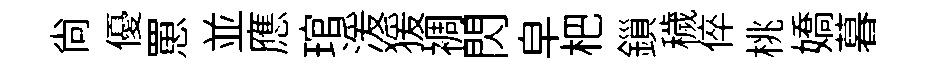
尙優罳並應琯湲猨裯閃皁杷鎻穢倅桃嬌暮